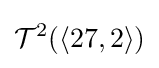
{\mathcal {T}}^{2}(\langle 27,2\rangle )